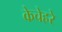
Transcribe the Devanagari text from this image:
केचेहरे